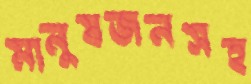
মানুষজনসহ